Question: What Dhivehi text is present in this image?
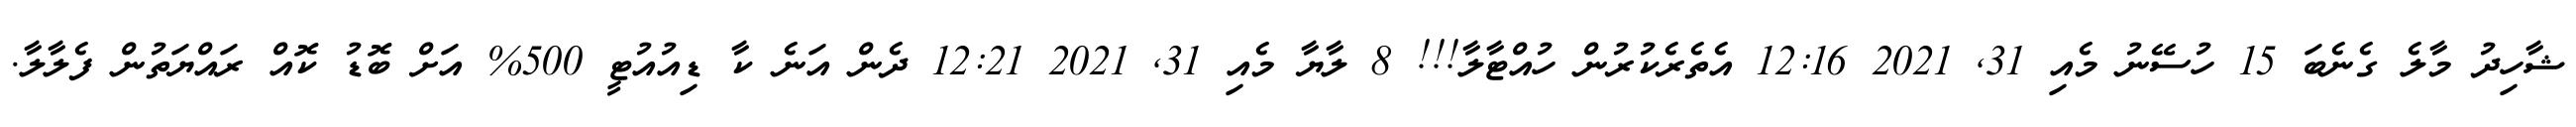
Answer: ޝާހިދު މާލެ ގެނެބަ 15 ހުސޭނު މެއި 31, 2021 12:16 އެތެރެކުރުން ހުއްޓާލާ!!! 8 ލާޔާ މެއި 31, 2021 12:21 ދެން އަނެ ކާ ޑިއުއުޓީ 500% އަށް ބޮޑު ކޮއް ރައްޔަތުން ފެލާލާ.